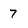
Character: 7